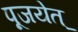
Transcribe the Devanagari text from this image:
पूजयेत्